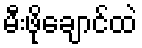
မီးဖိုချောင်ထဲ